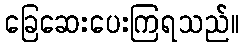
ခြေဆေးပေးကြရသည်။